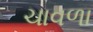
ચાવળા